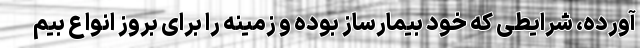
آورده، شرایطی که خود بیمارساز بوده و زمینه را برای بروز انواع بیم